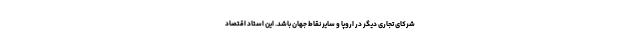
شرکای تجاری دیگر در اروپا و سایر نقاط جهان باشد. این استاد اقتصاد